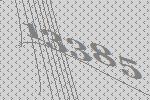
13385